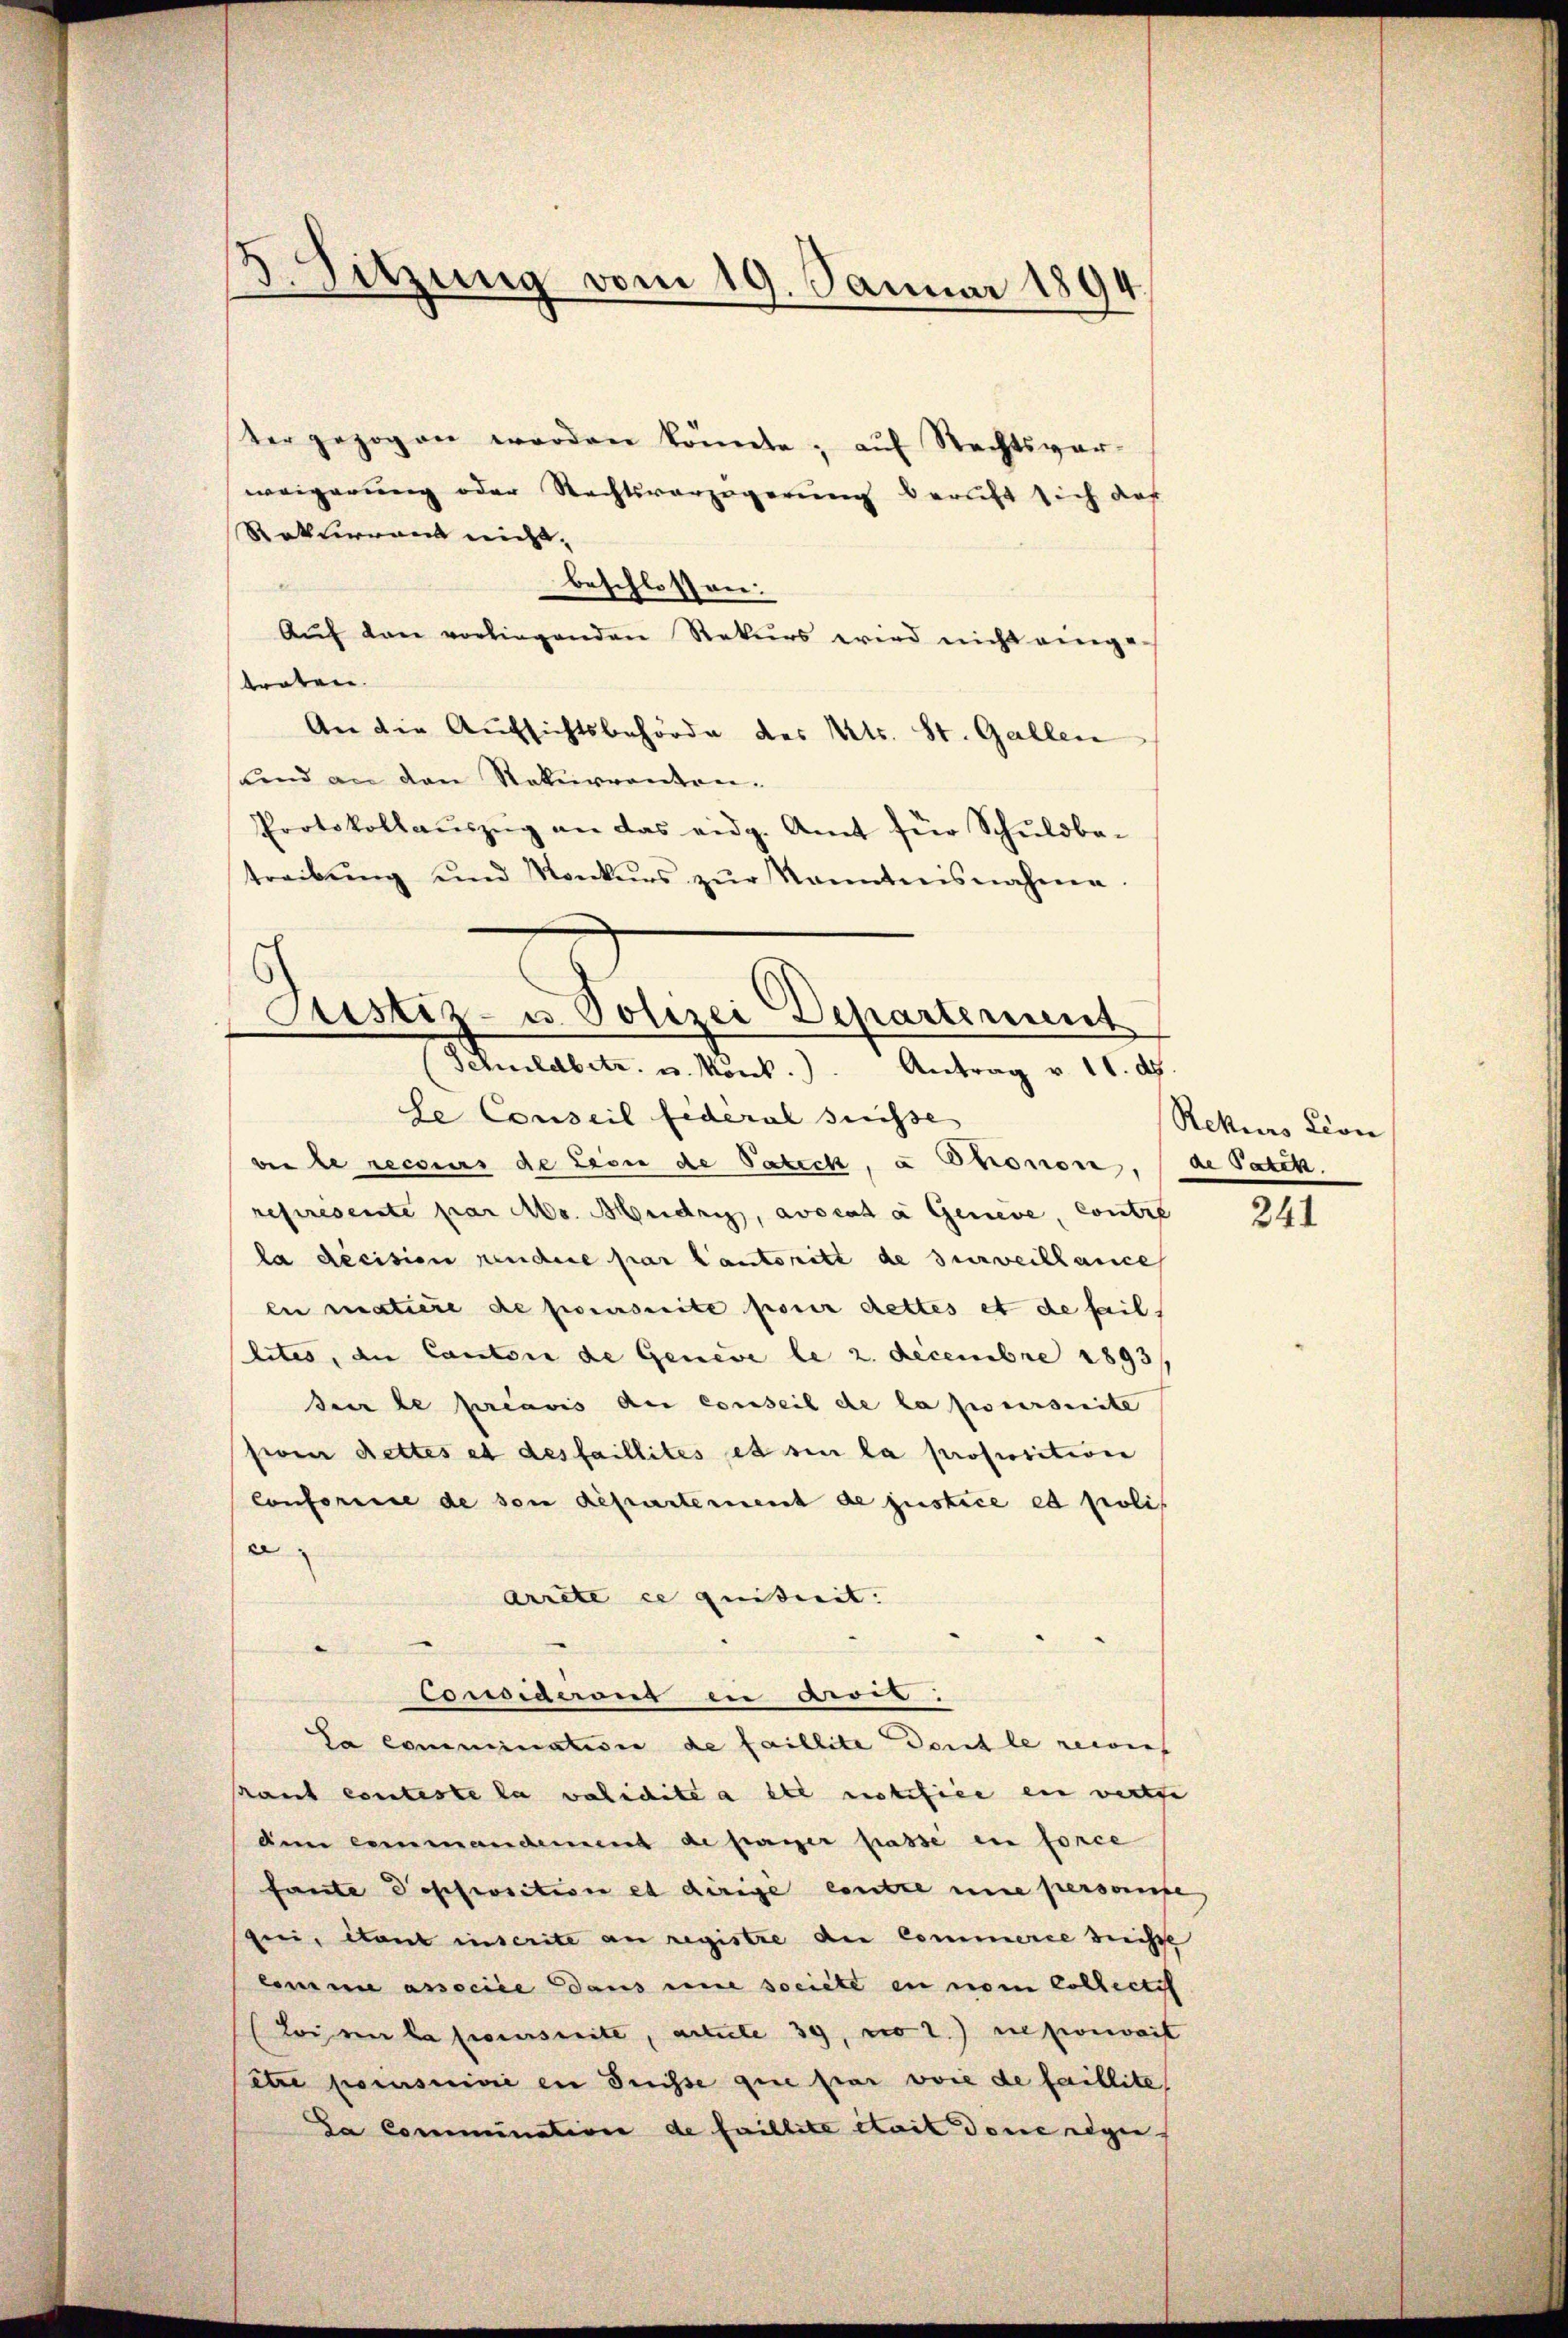
3. Sitzung vom 19. Januar 1894.

ter gezogen werden könnte; auf Rechtsver-
weigerung oder Rechtsverzögerung bericht sich das
Rokurand nicht.
beschlossen:
Aŭf den vorliegenden Rekurs wird nicht einge
treten.
An die Aufsichtsbehörde des Kts. St. Gallen
und an den Rekurrenten.
Protokollaŭszŭg an das eidg. Amt für Schuldba-
treibŭng und Konkurs zŭr Kenntnisnahme

Justiz- u. Polizei Departement
Schuldbetr. u. konk.). Antrag v. 11. d.
se Conseil fédéral Suisse

ver le recours de Lion de Patech, a Phonon, (de Patet.
represenste par Mo. Heidrig, avocata Geneve, contre
la décision rendere par Cantoritt de surveillance
en matière de poursuite pour dettes et de fail
lites, die Cantone de Geneve le 2. Decembre 1893/
dei le préavis der Conseil de la poursuite
sion dettes et des faillites et sin la proposition
Conforisie de von Repartement de justice et poli
a
arrete ce quitreit.
Considirens in Arres.
La commination de faillite Dohle gewies
hant conteste la valicite a été notifice en verthe
dem einmandement de paier passe in force
fante Poschweitern et dirige entre nie persone
gee, étant inscrite an registre de Commerce desse
lomine associée aus eine societe in vom Collectif
Loi en lassenseite, article 39, wo 2.) neporweit
itre poursuivie en desse que par voie de faillite
Da Commination de faillite était dene regie

Rekurs Lion

241